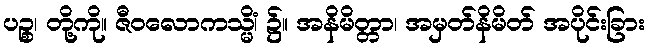
ပဉ္စ၊ တို့ကို။ ဇီဝလောကသ္မိံ၊ ၌။ အနိမိတ္တာ၊ အမှတ်နိမိတ် အပိုင်းခြား